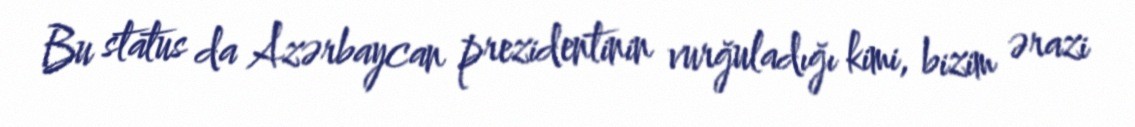
Bu status da Azərbaycan prezidentinin vurğuladığı kimi, bizim ərazi